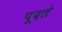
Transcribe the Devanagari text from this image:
पूदले